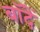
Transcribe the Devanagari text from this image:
बॉदें